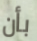
بأن